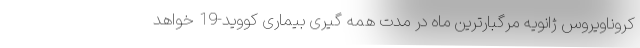
کروناویروس ژانویه مرگبارترین ماه در مدت همه گیری بیماری کووید-19 خواهد